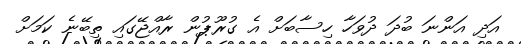
އަދި އަންނަ ބުދަ ދުވަހާ ހިސާބަށް އެ ގުރޫޕުން ރާއްޖޭގައި ތިބޭނެ ކަމަށް